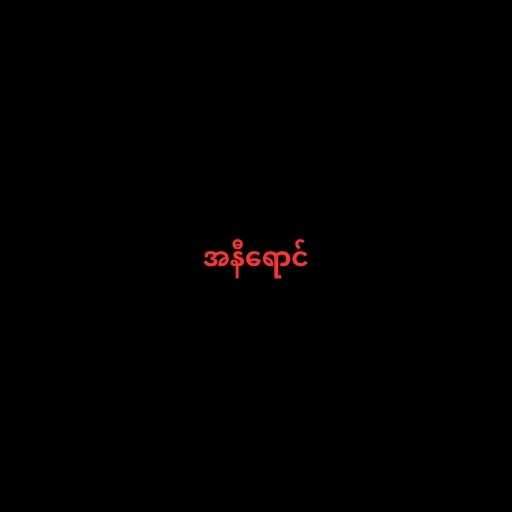
အနီရောင်